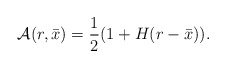
\begin{align*}{\cal A}(r,\bar x)={1\over 2}(1+H(r-\bar x)).\end{align*}